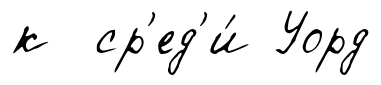
к ср'ед'и́ Уорд